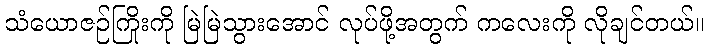
သံယောဇဉ်ကြိုးကို မြဲမြဲသွားအောင် လုပ်ဖို့အတွက် ကလေးကို လိုချင်တယ်။